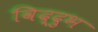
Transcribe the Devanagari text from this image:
विद्दुभ